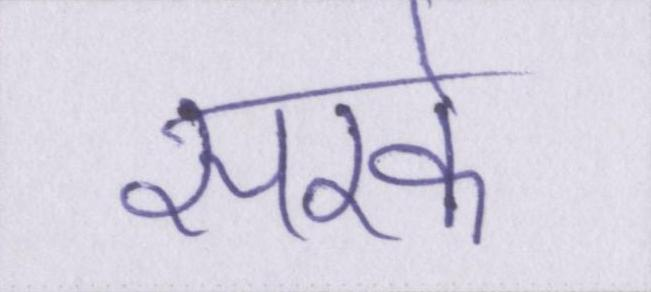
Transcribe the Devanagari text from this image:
सरके